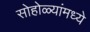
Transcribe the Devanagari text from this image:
सोहोळ्यांमध्ये